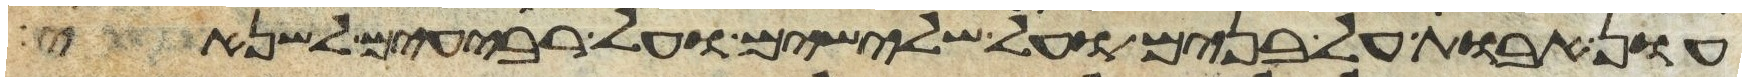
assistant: עון אבות על בנים על שלישים ועל רביעים לשנאי